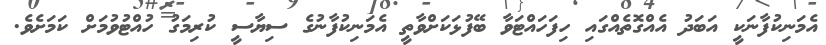
އެމަނިކުފާނަކީ އަބަދު އެއްގޮތެއްގައި ހިފަހައްޓަވާ ބޭފުޅަކަށްވާތީ އެމަނިކުފާނުގެ ސިޔާސީ ކުރިމަގު ހުއްޓުވުމަށް ކަމަށެވެ.